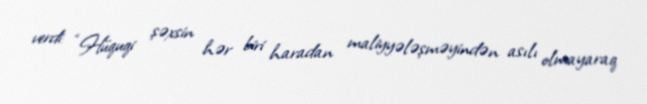
verdi: “Hüquqi şəxsin hər biri haradan maliyyələşməyindən asılı olmayaraq